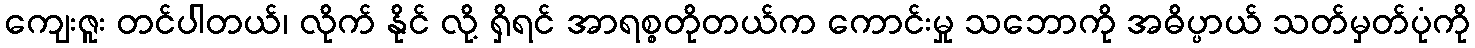
ကျေးဇူး တင်ပါတယ်၊ လိုက် နိုင် လို့ ရှိရင် အာရစ္စတိုတယ်က ကောင်းမှု သဘောကို အဓိပ္ပာယ် သတ်မှတ်ပုံကို